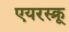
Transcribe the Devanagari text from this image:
एयरस्क्रू